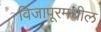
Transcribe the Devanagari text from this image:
विजापूरमधील